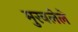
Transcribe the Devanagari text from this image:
मुरवलेले